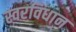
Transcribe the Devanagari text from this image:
स्वरविधान